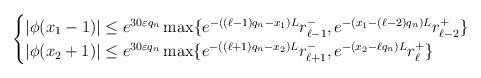
LaTeX: \begin{align*}\begin{cases}|\phi(x_1-1)|\leq e^{30\varepsilon q_n} \max\{e^{-((\ell-1)q_n-x_1)L} r_{\ell-1}^-, e^{-(x_1-(\ell-2)q_n)L} r_{\ell-2}^+\}\\|\phi(x_2+1)|\leq e^{30\varepsilon q_n} \max\{e^{-((\ell+1)q_n-x_2)L} r_{\ell+1}^-, e^{-(x_2-\ell q_n)L} r_{\ell}^+\}\end{cases}\end{align*}